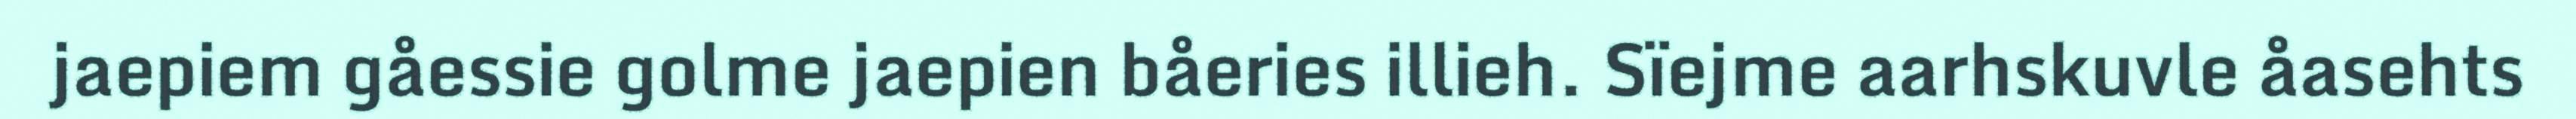
jaepiem gåessie golme jaepien båeries illieh. Sïejme aarhskuvle åasehts